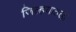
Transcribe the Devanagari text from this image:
जिल्हयातला